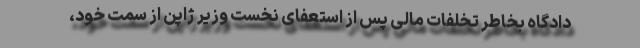
دادگاه بخاطر تخلفات مالی پس از استعفای نخست وزیر ژاپن از سمت خود،